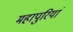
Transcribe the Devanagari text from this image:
महापुरियां